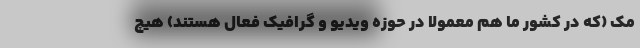
مک (که در کشور ما هم معمولا در حوزه ویدیو و گرافیک فعال هستند) هیچ